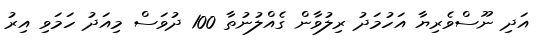
އަދި ނޫސްވެރިޔާ އަހުމަދު ރިލުވާން ގެއްލުނުތާ 100 ދުވަސް މިއަދު ހަމަވި އިރު